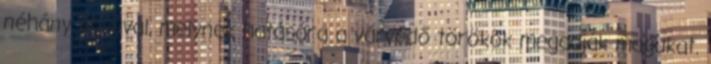
néhány ágyúval, melynek hatására a várvédő törökök megadják magukat.